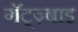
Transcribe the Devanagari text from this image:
गॅट्ज़्बाइ